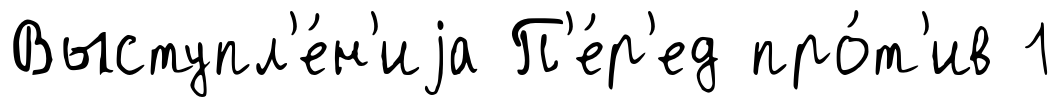
Выступл'е́н'иjа П'е́р'ед про́т'ив 1